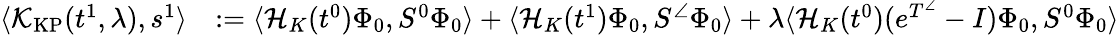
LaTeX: \begin{array}{rl}{\langle\mathcal{K}_{\mathrm{KP}}(t^{1},\lambda),s^{1}\rangle}&{:=\langle\mathcal{H}_{K}(t^{0})\Phi_{0},S^{0}\Phi_{0}\rangle+\langle\mathcal{H}_{K}(t^{1})\Phi_{0},S^{\angle}\Phi_{0}\rangle+\lambda\langle\mathcal{H}_{K}(t^{0})(e^{T^{\angle}}-I)\Phi_{0},S^{0}\Phi_{0}\rangle}\end{array}